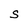
Character: S